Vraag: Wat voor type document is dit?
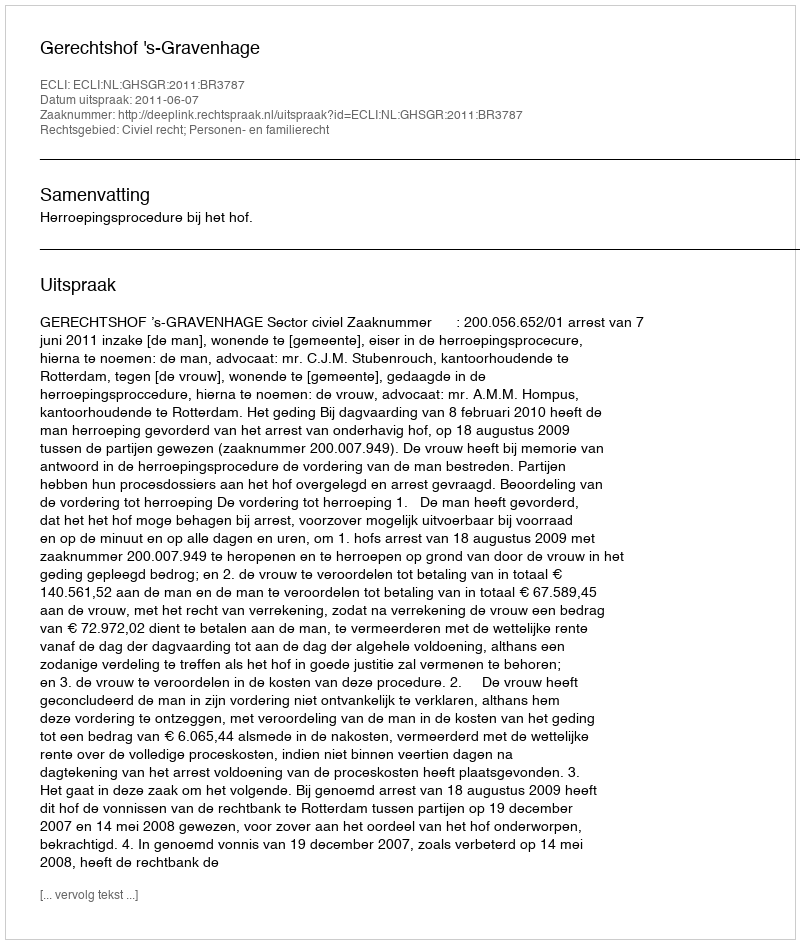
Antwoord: Uitspraak